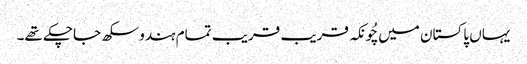
یہاں پاکستان میں چُونکہ قریب قریب تمام ہندو سکھ جاچکے تھے۔